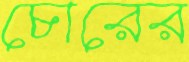
চোরের